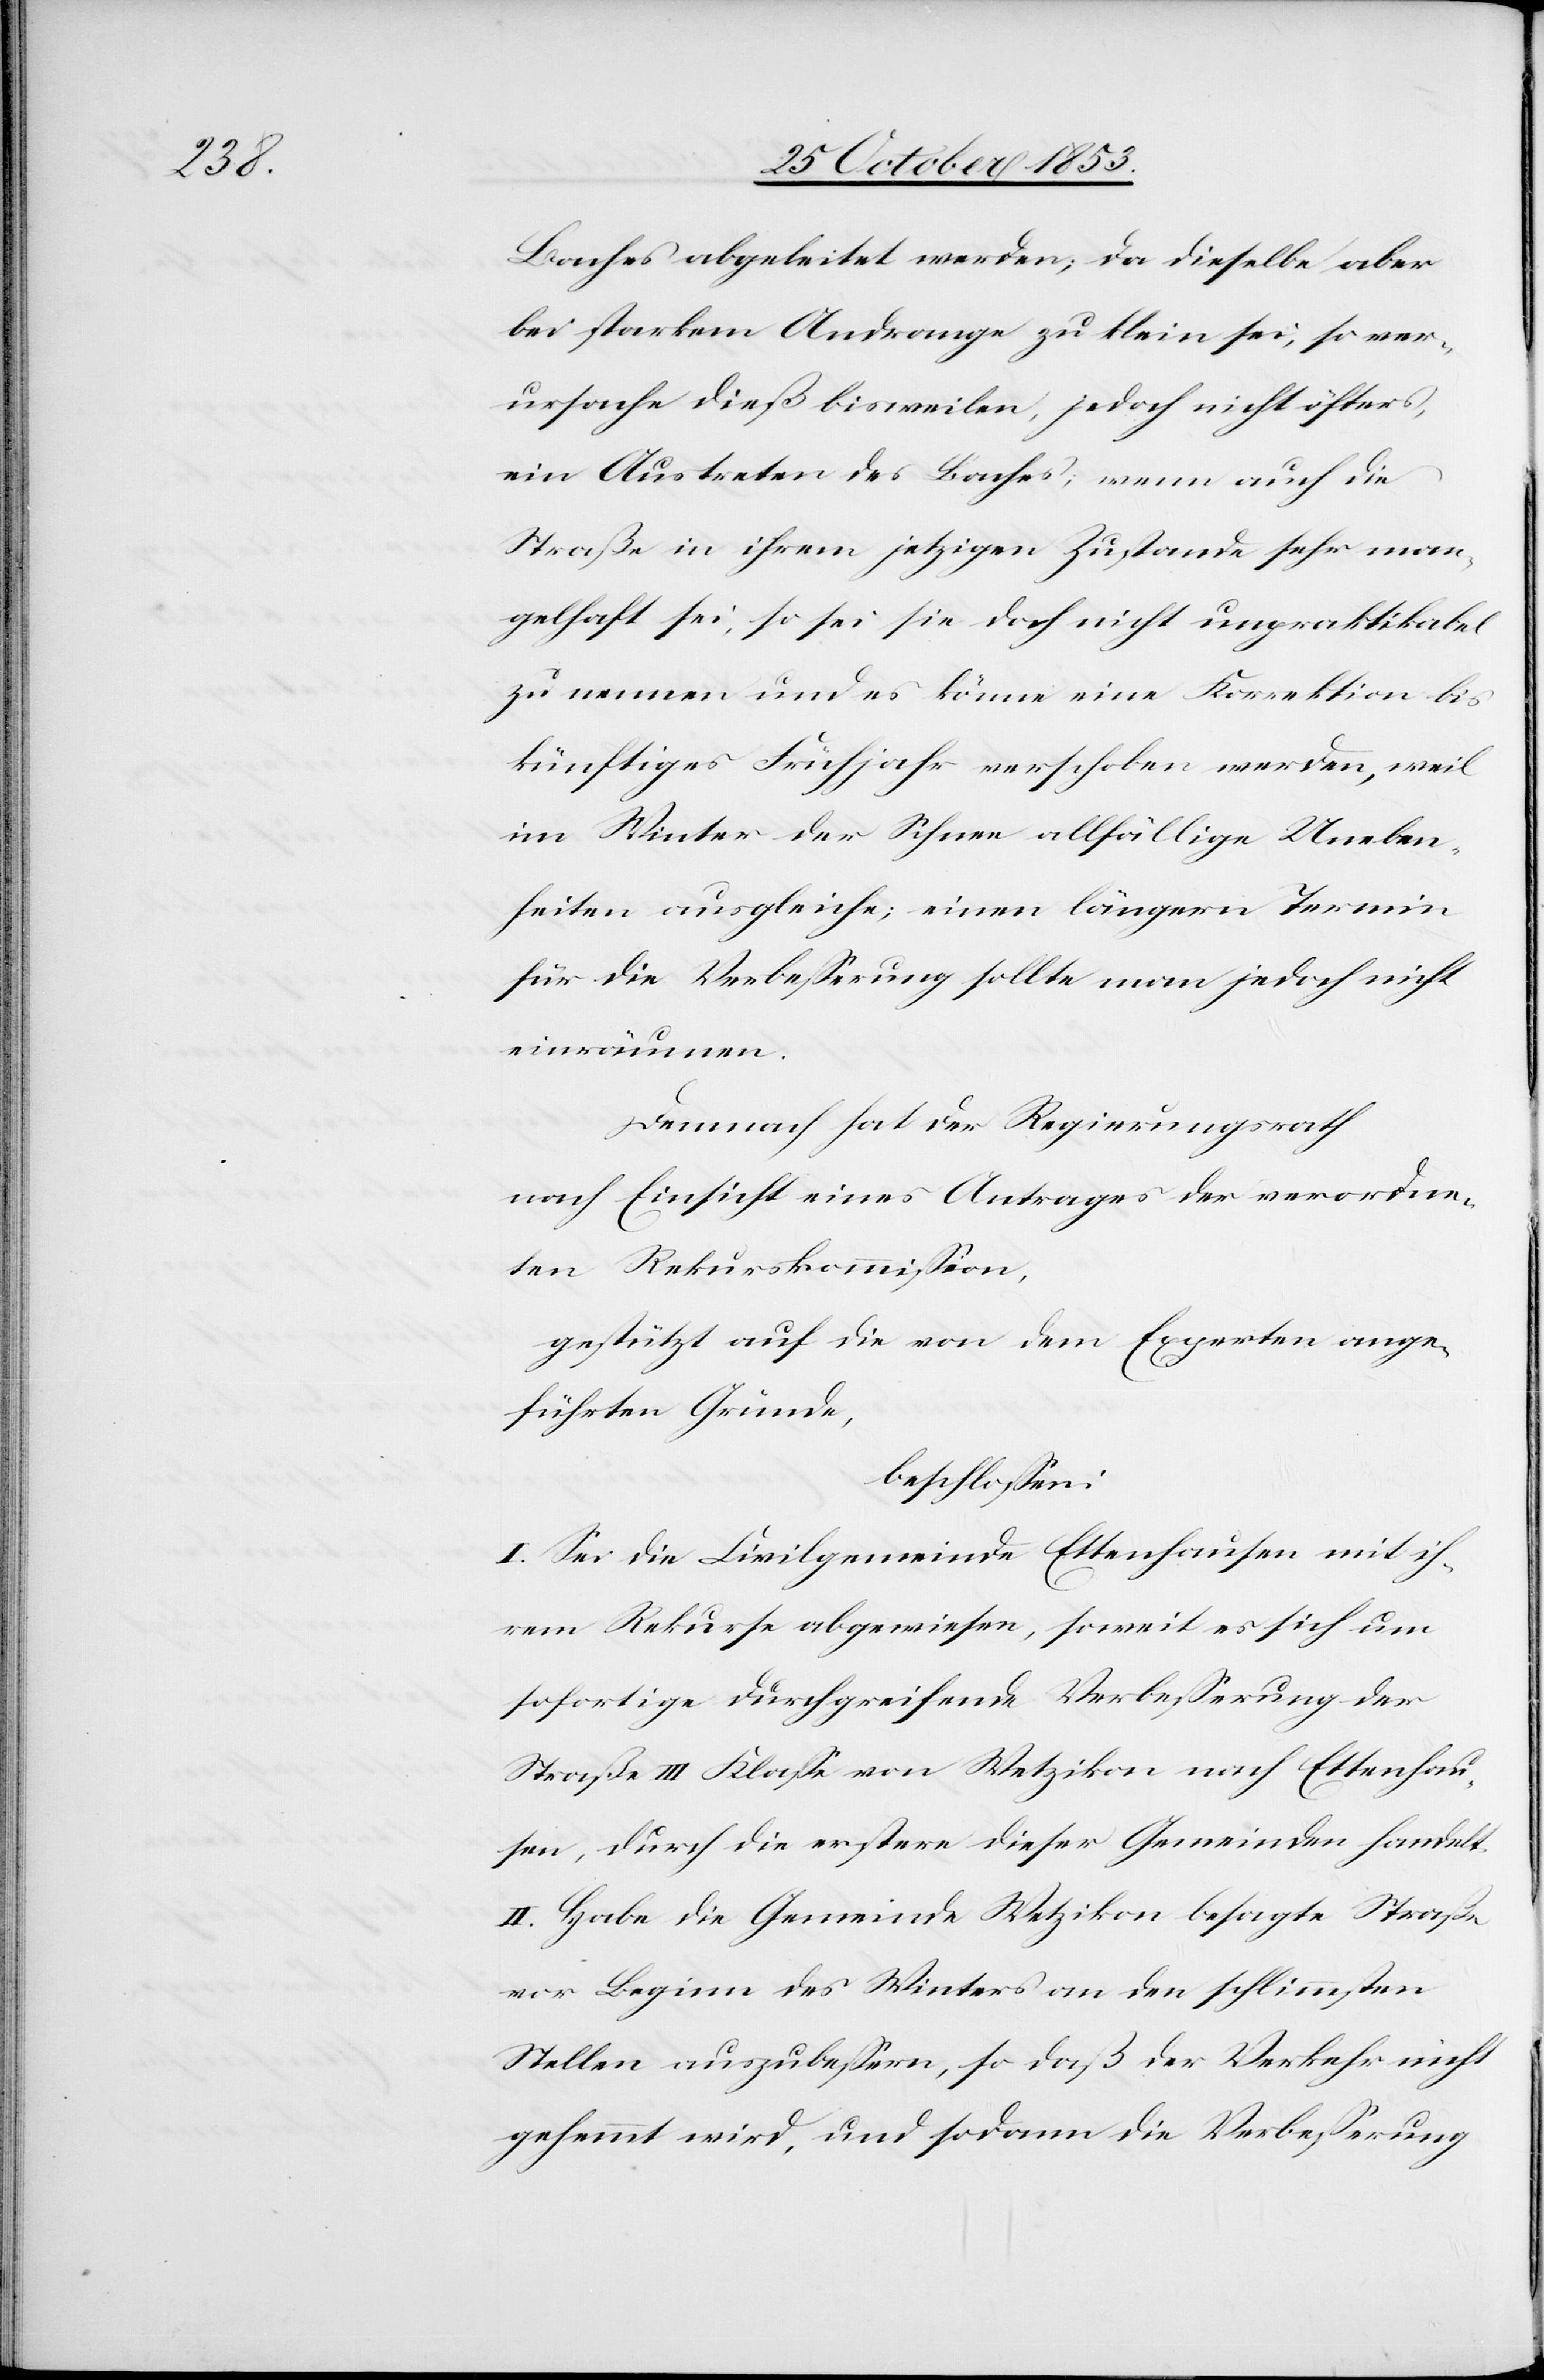
Baches abgeleitet werden; da dieselbe aber
bei starkem Andrange zu klein sei, so ver¬
ursache dieß bisweilen, jedoch nicht öfters,
ein Austreten des Baches; wenn auch die
Straße in ihrem jetzigen Zustande sehr man¬
gelhaft sei, so sei sie doch nicht unpraktikabel
zu nennen und es könne eine Korrektion bis
künftiges Frühjahr verschoben werden, weil
im Winter der Schnee allfällige Uneben¬
heiten ausgleiche; einen längern Termin
für die Verbeßerung sollte man jedoch nicht
einräumen.
Demnach hat der Regierungsrath
nach Einsicht eines Antrages der verordne¬
ten Rekurskommißion,
gestützt auf die von dem Experten ange¬
führten Gründe,
beschloßen:
I. Sei die Civilgemeinde Ettenhausen mit ih¬
rem Rekurse abgewiesen, soweit es sich um
sofortige durchgreifende Verbeßerung der
Straße III Klaße von Wetzikon nach Ettenhau¬
sen, durch die erstere dieser Gemeinden handelt.
II. Habe die Gemeinde Wetzikon besagte Straße
vor Beginn des Winters an den schlimmsten
Stellen auszubeßern, so daß der Verkehr nicht
gehemmt wird, und sodann die Verbeßerung